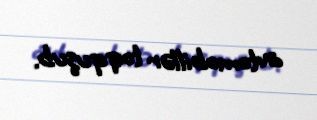
avtomobillər toqquşub.